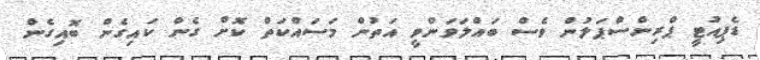
ޑެޕިއުޓީ ޕްރިންސްޕަލުން ވެސް ބައްލަވަންވީ އަތުން މަަސައްކަތް ކޮށް ގެން ކައިގެން ބޮއިގެން